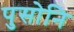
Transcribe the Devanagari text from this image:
पुसोनि